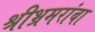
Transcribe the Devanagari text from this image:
श्रीभ्रमरांबा